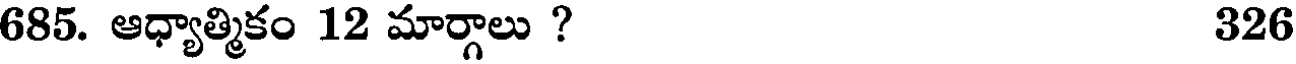
685. ఆధ్యాత్మికం 12 మార్గాలు ? 326